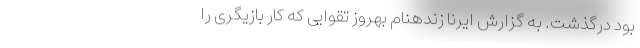
بود درگذشت. به گزارش ایرنا زندهنام بهروز تقوایی که کار بازیگری را